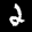
Label: 2